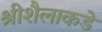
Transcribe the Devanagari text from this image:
श्रीशैलाकडे